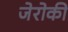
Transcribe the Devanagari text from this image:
जेरोकी